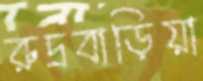
রুদ্রবাড়িয়া